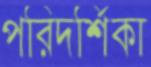
পরিদর্শিকা